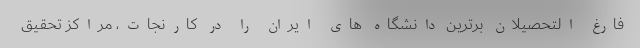
فارغ التحصیلان برترین دانشگاه های ایران را در کارنجات، مراکز تحقیق